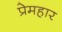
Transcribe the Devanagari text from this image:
प्रेमहार